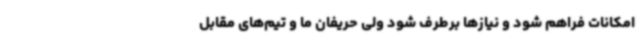
امکانات فراهم شود و نیازها برطرف شود ولی حریفان ما و تیم‌های مقابل